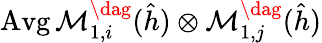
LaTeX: \operatorname{Avg}\mathcal{M}_{1,i}^{\dag}(\hat{h})\otimes\mathcal{M}_{1,j}^{\dag}(\hat{h})